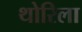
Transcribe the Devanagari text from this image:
थोरिला